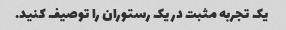
یک تجربه مثبت در یک رستوران را توصیف کنید.